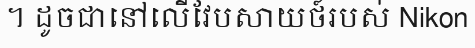
។ ដូចជានៅលើវែបសាយថ៍របស់ Nikon